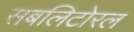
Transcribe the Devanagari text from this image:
सबलिटोरल